Lock hospitals Punjab
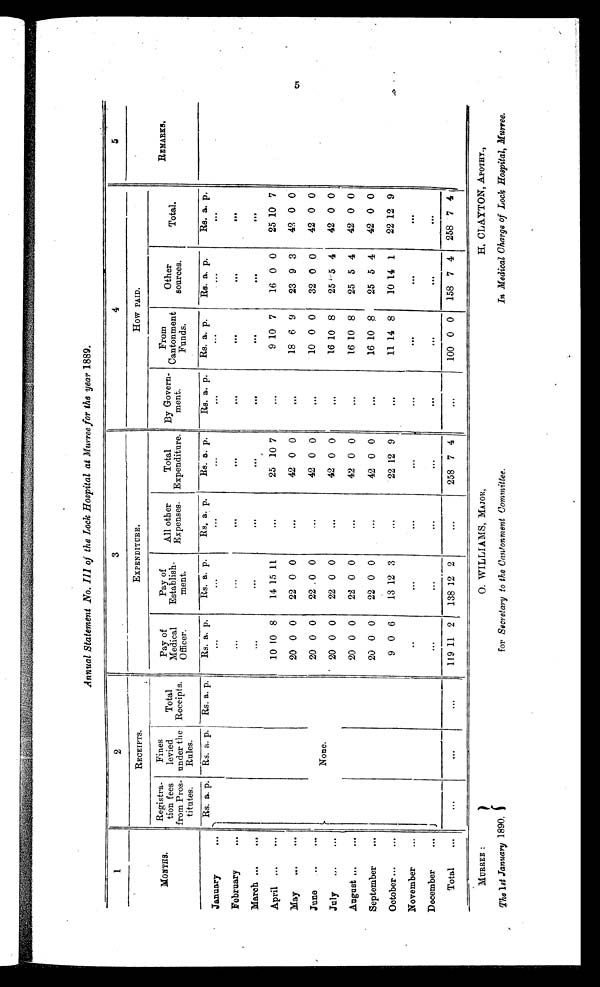
MURREE :
The 1st January 1890.
0. WILLIAMS, MAJOR,
for Secretary to the Cantonment Committee.
H, CLAYTON, APOTHY.,
In Medical Charge of Lock Hospital, Murree.
Annual Statement .No. Ill of the Lock Hospital at Murree for the year 1889.
1
2
3
4
5
MONTHS.
RECEIPTS.
.
EXPENDITURE.
How PAID.
Registra
-
tion fees
from Pros-
titutes.
Fines
levied
under the
Rules.
Total
Receipts.
P a y o f
Medical
Officer.
Pay of
Establish-
ment.
All other
Expenses.
Total
Expenditure.
By Govern-
ment.
From
Cantonment
Funds.
Other
sources.
Total.
REMARKS.
Rs. a. p. Rs. a . p. Rs. a. p.
Rs. a. p.
Rs. a. p.
Rs. a. p.
Rs. a. p.
Rs. a. p.
Rs. a. p.
Rs. a. p.
Rs. a. p.
January
. . .
. . .
. . .
. . .
. . .
. . .
. . .
...
February
. . .
. . .
. . .
. . .
. . .
. . .
. . .
...
March
. . .
. . .
. . .
. . .
. . .
. . .
. . .
. . .
April
10 10 8
14 15 11
. . .
25 10 7
. . .
9 10 7
16 0 0
25 10 7
May
20 0 0
22 0 0
. . .
42 0 0
. . .
18 6 9
23 9 3
4
0 0
June
None.
20 0 0
22 . 0 0
. . .
42 0 0
. . . 10 0 0
32 0 0
42 0 0
July
20 0 0
22 0 0
...
42 0
. . . 16 10 8
25 5 4
42 0 0
August
20 0 0
22 0 0
...
42 0 0
. . . 16 10 8
25 5 4
42 0 0
September
20 0 0
22 0 0
. . .
42 0 0
. . . 16 10 8
25 5 4
42 0 0
October
9 0 6
13 12 3
. . .
22 12 9
. . . 11 14 8
10 14 1
22 12 9
November
. . .
. . .
. . .
. . .
. . .
. . .
. . .
. . .
December
. . .
. . .
. . .
. . .
. . .
. . .
. . .
. . .
Total
. . .
. . .
. . .
. . .
119 11 2
138 12 2
...
258 7 4
. . . 100 0 0
158 7 4
258 7 4